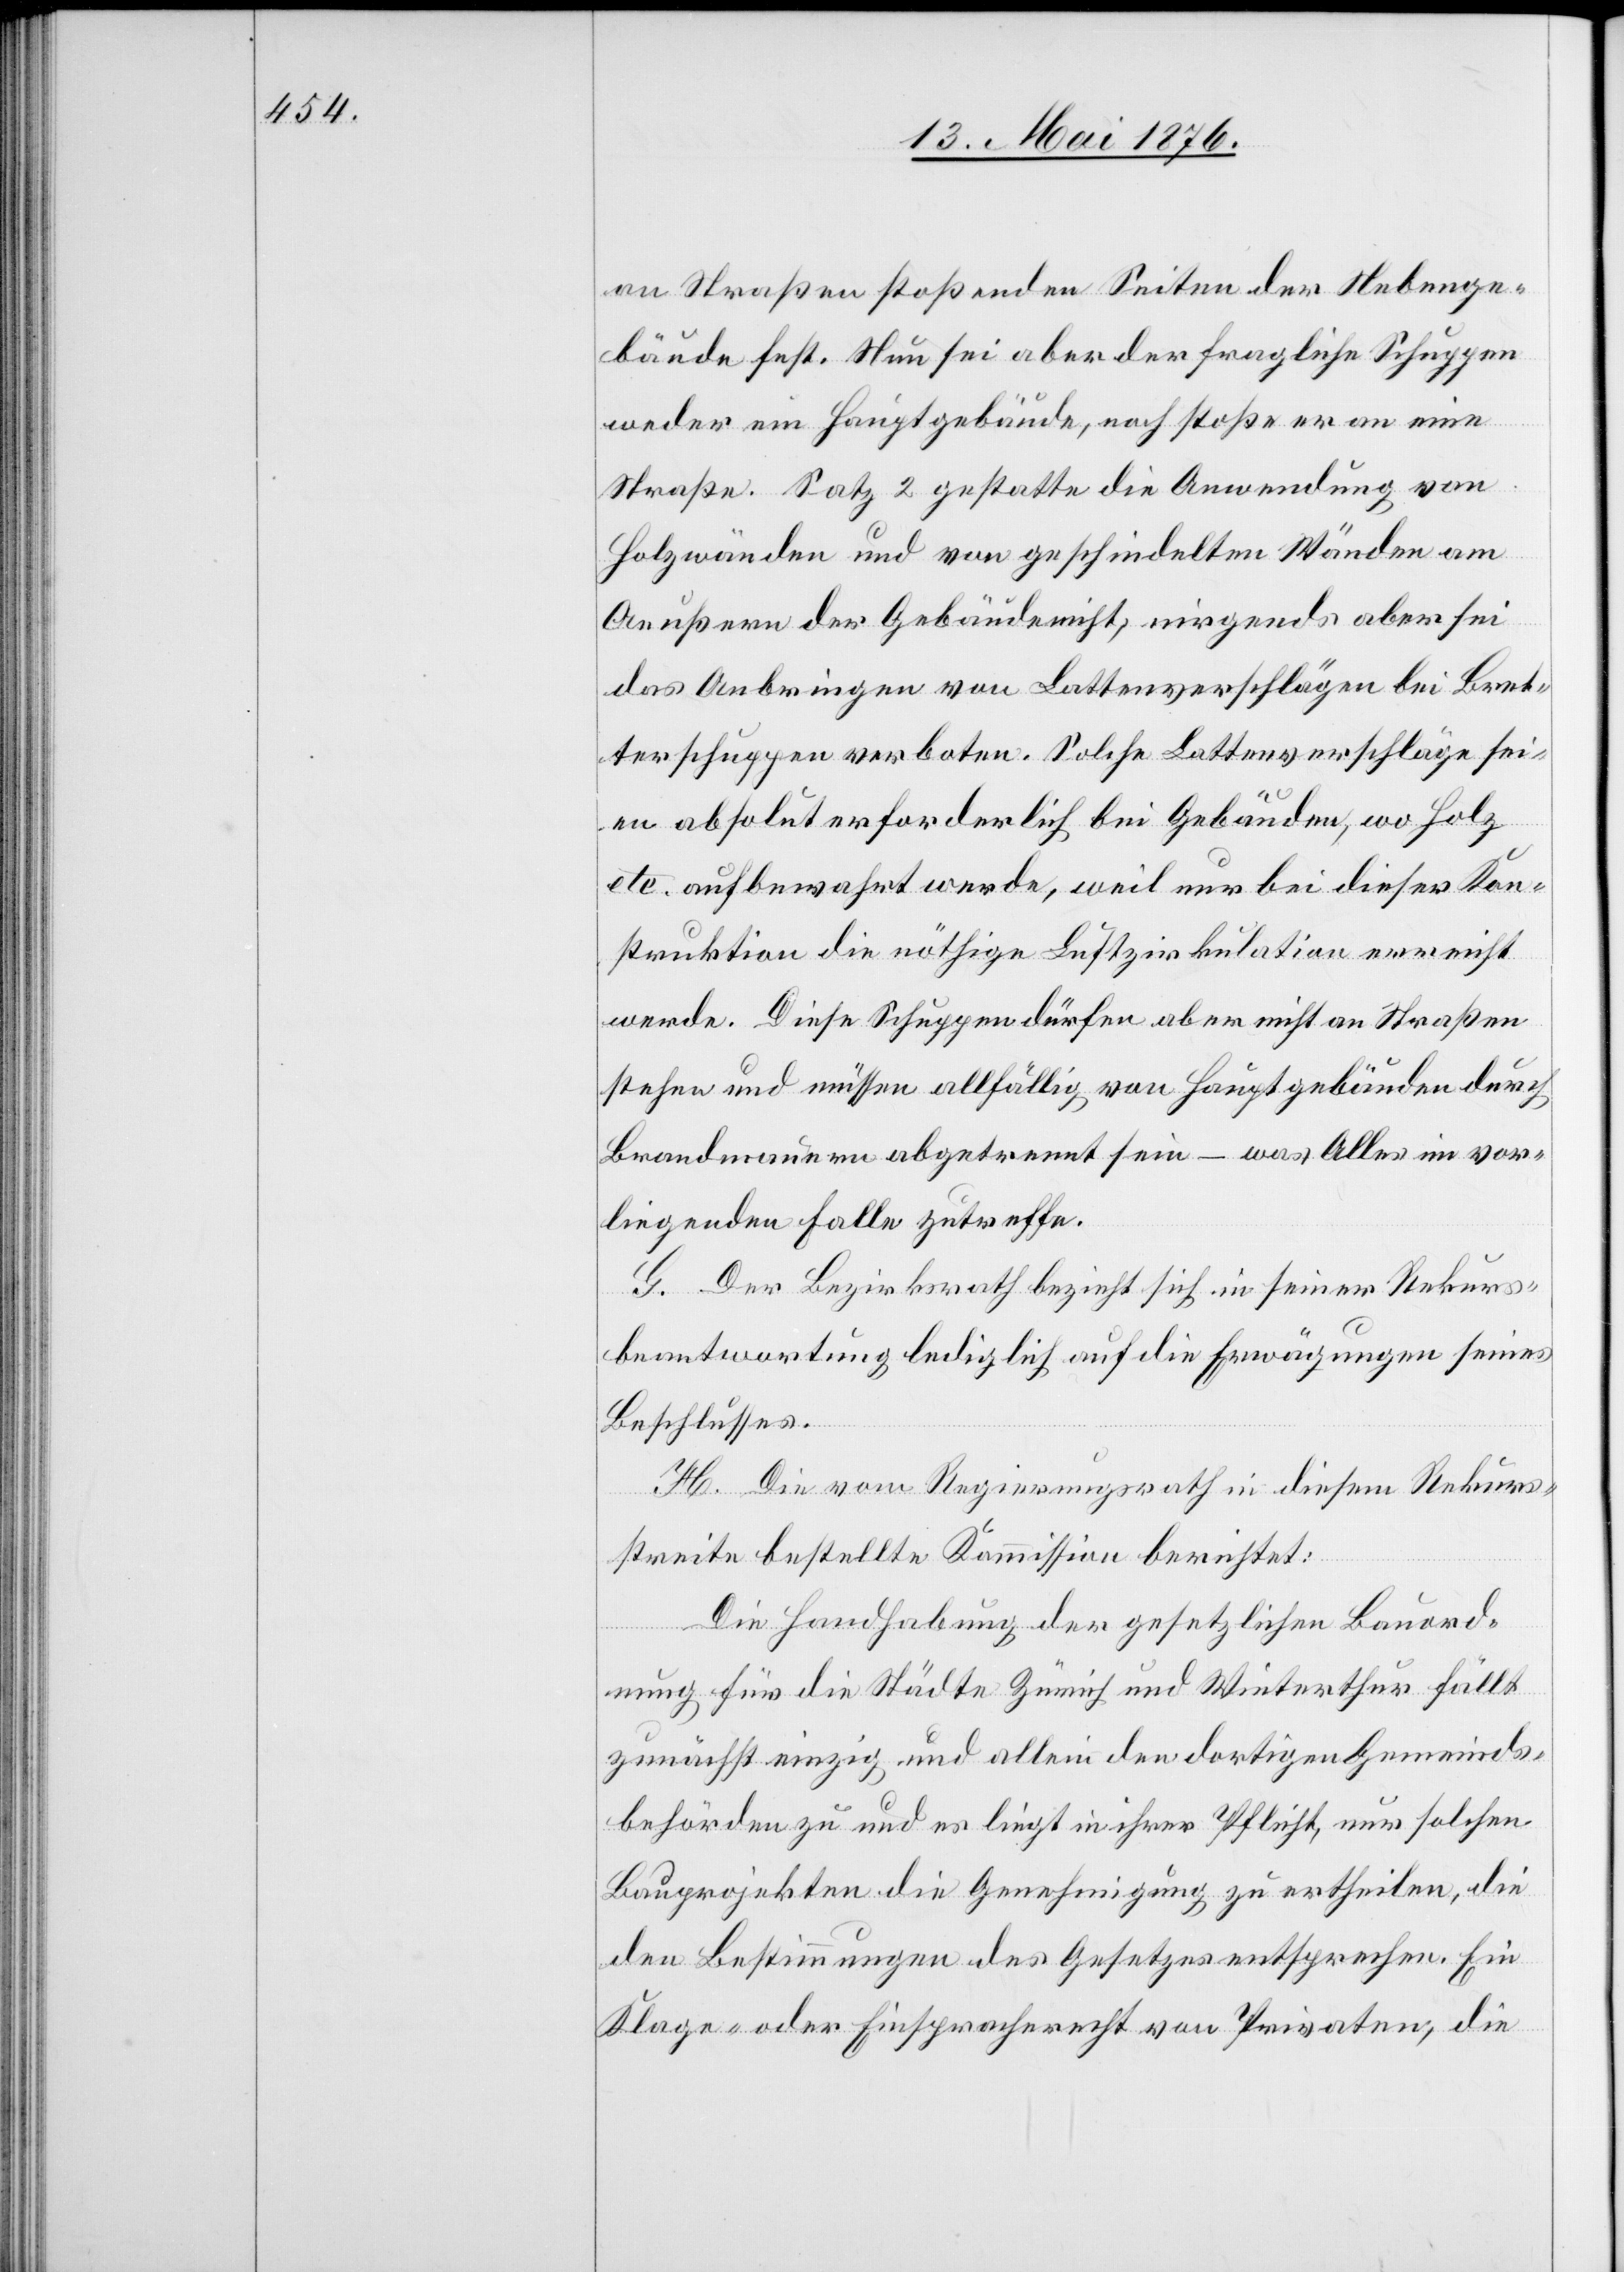
an Straßen stoßenden Seiten der Nebenge¬
bäude fest. Nun sei aber der fragliche Schuppen
weder ein Hauptgebäude, noch stoße er an eine
Straße. Satz 2 gestatte die Anwendung von
Holzwänden und von geschindelten Wänden am
Aeußern der Gebäude nicht, nirgends aber sei
das Anbringen von Lattenverschlägen bei Bret¬
terschuppen verboten. Solche Lattenverschläge sei¬
en absolut erforderlich bei Gebäuden, wo Holz
etc. aufbewahrt werde, weil nur bei dieser Kon¬
struktion die nöthige Luftzirkulation erreicht
werde. Diese Schuppen dürfen aber nicht an Straßen
stehen oder müssen allfällig von Hauptgebäuden durch
Brandmauern abgetrennt sein – was Alles im vor¬
liegenden Falle zutreffe.
G. Der Bezirksrath bezieht sich in seiner Rekurs¬
beantwortung lediglich auf die Erwägungen seines
Beschlusses.
H. Die vom Regierungsrath in diesem Rekurs¬
streite bestellte Kommission berichtet:
Die Handhabung der gesetzlichen Bauord¬
nung für die Städte Zürich und Winterthur fällt
zunächst einzig und allein den dortigen Gemeinds¬
behörden zu und es liegt in ihrer Pflicht, nur solchen
Bauprojekten die Genehmigung zu ertheilen, die
den Bestimmungen des Gesetzes entsprechen. Ein
Klage- oder Einspracherecht von Privaten, die